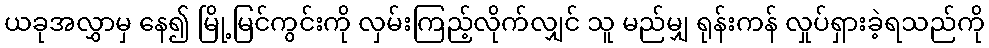
ယခုအလွှာမှ နေ၍ မြို့မြင်ကွင်းကို လှမ်းကြည့်လိုက်လျှင် သူ မည်မျှ ရုန်းကန် လှုပ်ရှားခဲ့ရသည်ကို